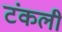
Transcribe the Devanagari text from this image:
टंकली